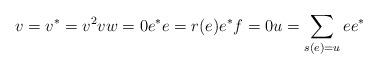
LaTeX: \begin{align*} v=v^*=v^2vw=0 e^*e=r(e) e^*f=0 u=\sum_{s(e)=u} ee^*\end{align*}